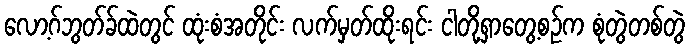
လော့ဂ်ဘွတ်ခ်ထဲတွင် ထုံးစံအတိုင်း လက်မှတ်ထိုးရင်း ငါတို့ရှာတွေ့စဉ်က စုံတွဲတစ်တွဲ